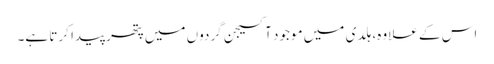
اس کے علاوہ، ہلدی میں موجود آکسیجن گردوں میں پتھر پیدا کرتا ہے۔